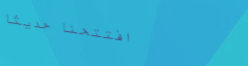
افتتحنا حديثاً